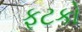
ફટકો